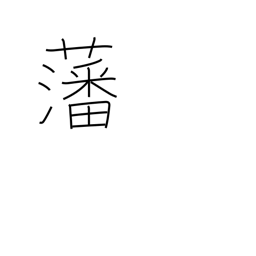
Meaning: enclosure